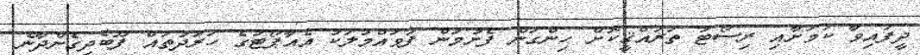
ދީފައިވާ ކަމަށާއި ރިސޯޓު ތަރައްޤީކޮށް ހިންގަން ފެށުމުން ފުވައްމުލަކު އެއާޕޯޓުގެ ހަރަދުތައް ފޫބެދިގެންދާނެ